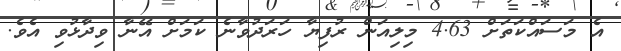
އެ މަސައްކަތަށް 4.63 މިލިއަން ރުފިޔާ ހަރަދުވާނެ ކަމަށް އޭނާ ވިދާޅުވި އެވެ.